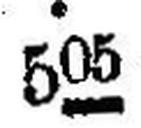
505